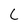
Character: C